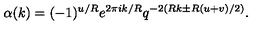
\alpha ( k ) = ( - 1 ) ^ { u / R } e ^ { 2 \pi i k / R } q ^ { - 2 ( R k \pm R ( u + v ) / 2 ) } .